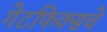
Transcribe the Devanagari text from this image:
गेटफिक्सचे